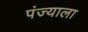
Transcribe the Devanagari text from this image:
पंज्याला